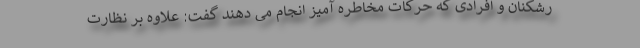
رشکنان و افرادی که حرکات مخاطره آمیز انجام می دهند گفت: علاوه بر نظارت